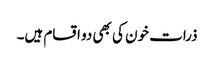
ذرات خون کی بھی دو اقسام ہیں۔